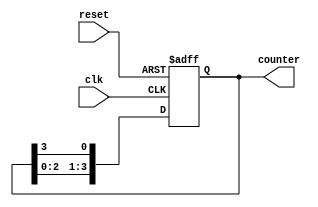
module ring_counter (
    input wire clk,             // Clock input
    input wire reset,           // Asynchronous reset input
    output reg [3:0] counter    // 4-bit output counter
);

// Initial state
initial begin
    counter = 4'b0001;          // Initialize to state 0: 0001
end

// Always block to handle clock and reset
always @(posedge clk or posedge reset) begin
    if (reset) begin
        counter <= 4'b0001;      // Reset to initial state: 0001
    end else begin
        // Shift left and wrap around
        counter <= {counter[2:0], counter[3]}; // Shift left and wrap
    end
end

endmodule